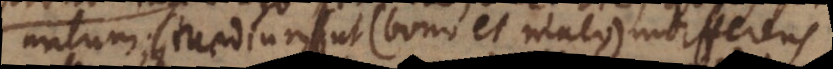
malum; medium ut (bono et malo) indifferens.